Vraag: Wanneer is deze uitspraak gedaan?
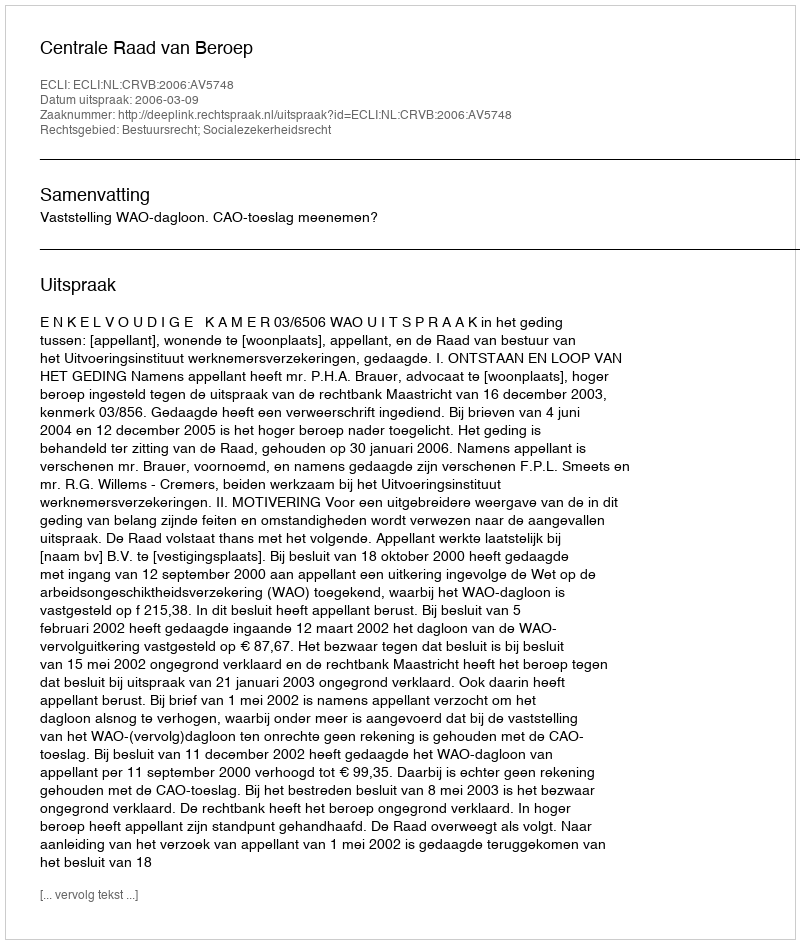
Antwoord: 2006-03-09